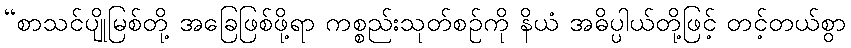
“စာသင်ပျိုမြစ်တို့ အခြေဖြစ်ဖို့ရာ ကစ္စည်းသုတ်စဉ်ကို နိယံ အဓိပ္ပါယ်တို့ဖြင့် တင့်တယ်စွာ